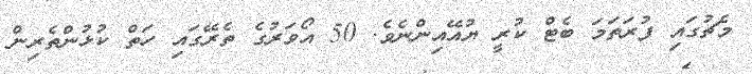
މެޗުގަައި ފުރަތަމަ ބެޓް ކުރީ ޔުއޭއިންނެވެ. 50 އޯވަރުގެ ތެރޭގައި ހަތް ކުޅުންތެރިން